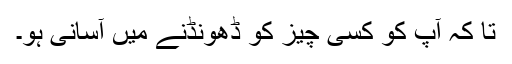
تا کہ آپ کو کسی چیز کو ڈھونڈنے میں آسانی ہو۔